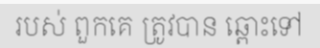
របស់ ពួកគេ ត្រូវបាន ឆ្ពោះទៅ